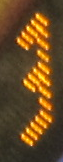
3